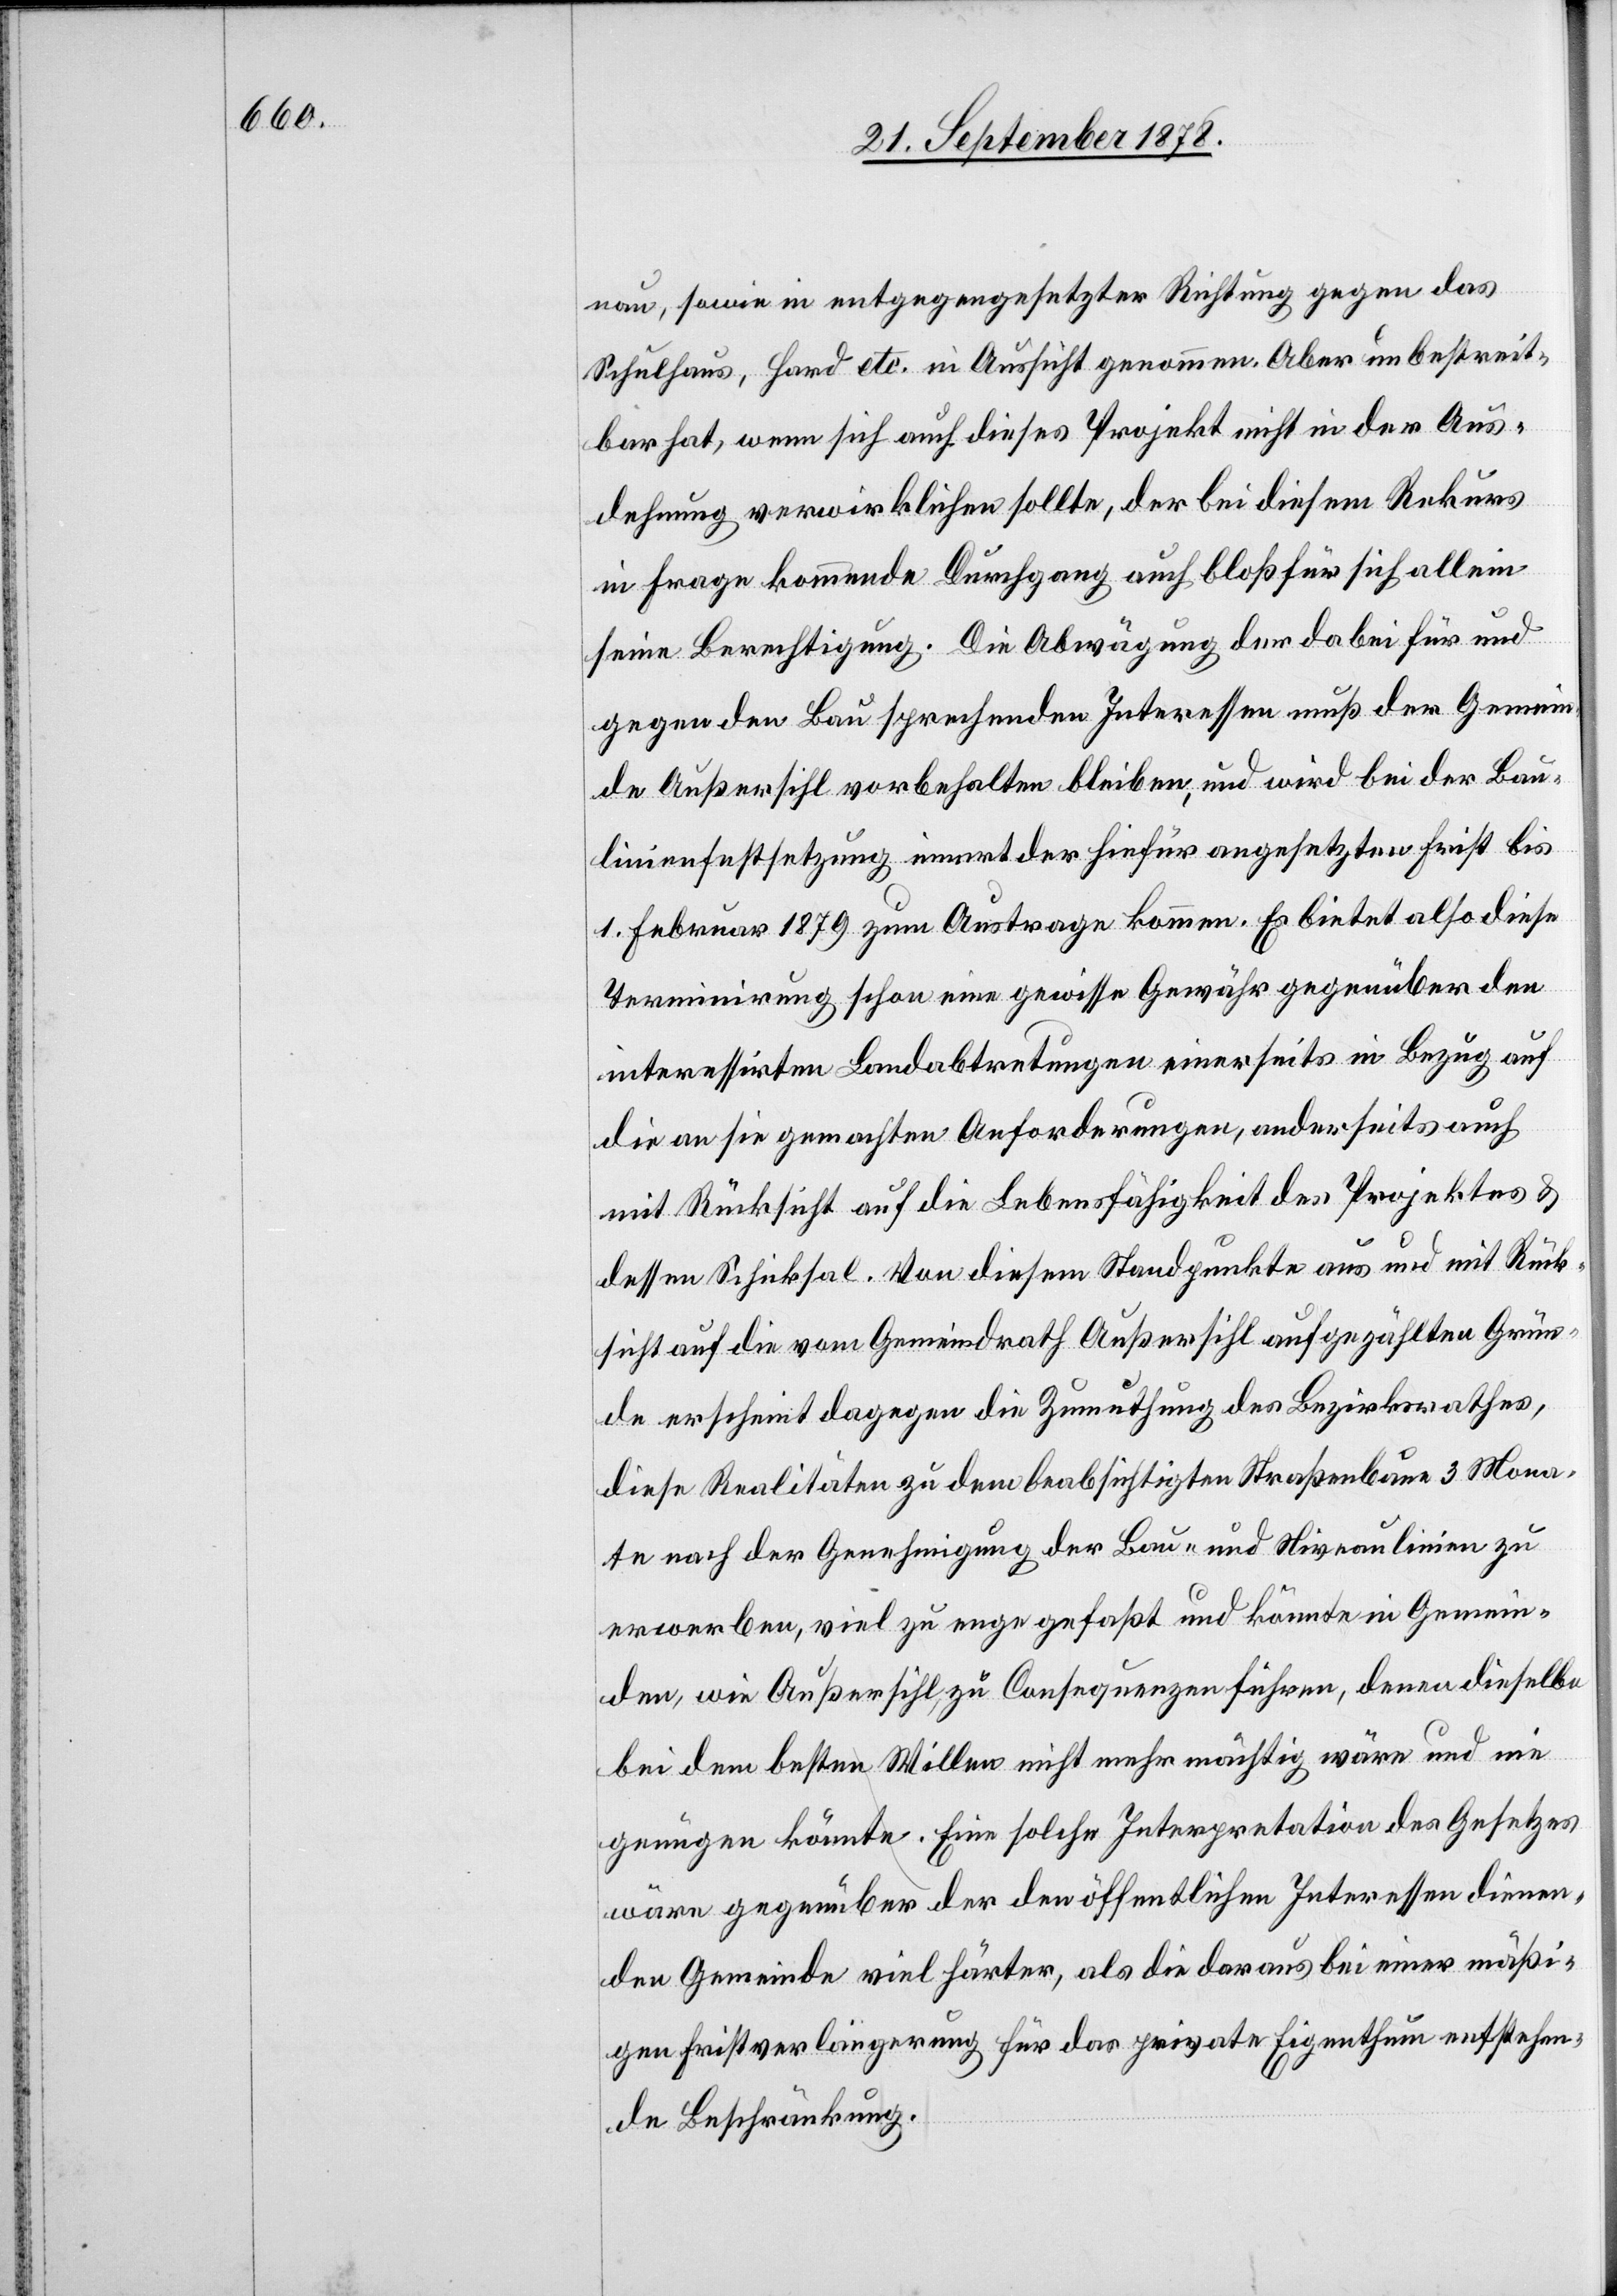
nau, sowie in entgegengesetzter Richtung gegen das
Schulhaus, Hard etc. in Aussicht genommen. Aber unbestreit¬
bar hat, wenn sich auch dieses Projekt nicht in der Aus¬
dehnung verwirklichen sollte, der bei diesem Rekurs
in Frage kommende Durchgang auch bloß für sich allein
seine Berechtigung. Die Abwägung der dabei für und
gegen den Bau sprechenden Interessen muß der Gemein¬
de Außersihl vorbehalten bleiben, und wird bei der Bau¬
linienfestsetzung innert der hiefür angesetzten Frist bis
1. Februar 1879 zum Austrage kommen. Es bietet also diese
Terminirung schon eine gewisse Gewähr gegenüber den
interessirten Landabtretungen einerseits in Bezug auf
die an sie gemachten Anforderungen, anderseits auch
mit Rücksicht auf die Lebensfähigkeit des Projektes &
dessen Schicksal. Von diesem Standpunkte aus und mit Rück¬
sicht auf die vom Gemeindrath Außersihl aufgezählten Grün¬
de erscheint dagegen die Zumuthung des Bezirksrathes,
diese Realitäten zu dem beabsichtigten Straßenbaute 3 Mona¬
te nach der Genehmigung der Bau- und Niveaulinien zu
erwerben, viel zu eng gefaßt und könnte in Gemein¬
den, wie Außersihl, zu Consequenzen führen, denen dieselbe
bei dem besten Willen nicht mehr mächtig wäre und nie
genügen könnte. Eine solche Interpretation des Gesetzes
wäre gegenüber der den öffentlichen Interessen dienen¬
den Gemeinde viel härter, als die daraus bei einer mäßi¬
gen Fristverlängerung für das private Eigenthum entsprechen¬
de Beschränkung.